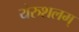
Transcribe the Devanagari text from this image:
येरुशलम्